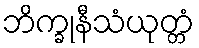
ဘိက္ခုနီသံယုတ္တံ